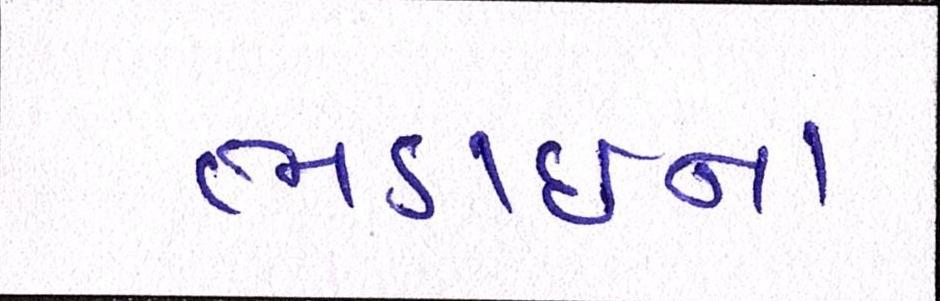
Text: ભડાઈના